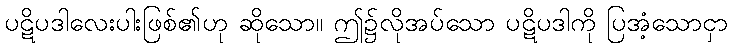
ပဋိပဒါလေးပါးဖြစ်၏ဟု ဆိုသော။ ဤ၌လိုအပ်သော ပဋိပဒါကို ပြအံ့သောငှာ